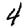
Digit: 4